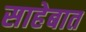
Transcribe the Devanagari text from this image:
साहेबात